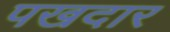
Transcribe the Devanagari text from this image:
पखदार